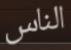
الناس